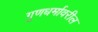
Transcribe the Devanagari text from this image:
गुणधर्मावरील